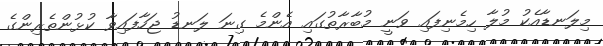
މިލަނޑާއެކު މުލާ ހިމެނިފައި ވަނީ މުބާރާތުގައި އެންމެ ގިނަ ލަނޑު ޖަހާފައިވާ ކުޅުންތެރިންގެ